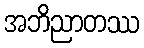
အဘိညာတဿ